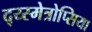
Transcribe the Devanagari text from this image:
द्य्स्मेत्रोप्सिया